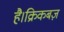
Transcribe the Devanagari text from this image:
है।क्रिकबज़